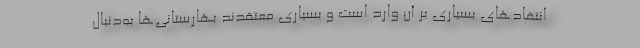
انتقادهای بسیاری بر آن وارد است و بسیاری معتقدند بهارستانی‌ها به‌دنبال